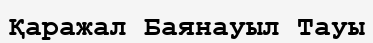
Қаражал Баянауыл Тауы